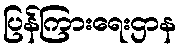
ပြန်ကြားရေးဌာန